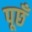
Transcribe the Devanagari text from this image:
पूछँ